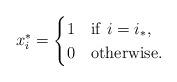
LaTeX: \begin{align*} x^*_i = \begin{cases} 1 & {\rm if}\ i = i_*,\\ 0 & {\rm otherwise}. \end{cases} \end{align*}